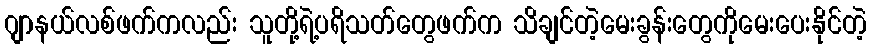
ဂျာနယ်လစ်ဖက်ကလည်း သူတို့ရဲ့ပရိသတ်တွေဖက်က သိချင်တဲ့မေးခွန်းတွေကိုမေးပေးနိုင်တဲ့